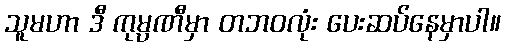
သူမဟာ ဒီ ကုမ္ပဏီမှာ တဘဝလုံး ပေးဆပ်နေမှာပါ။